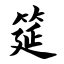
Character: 筵